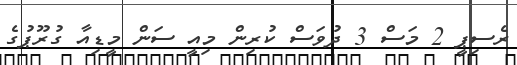
ރެސިޕީ 2 މަސް 3 ދުވަސް ކުރިން މިއީ ސަން މީޑިއާ ގުރޫޕުގެ